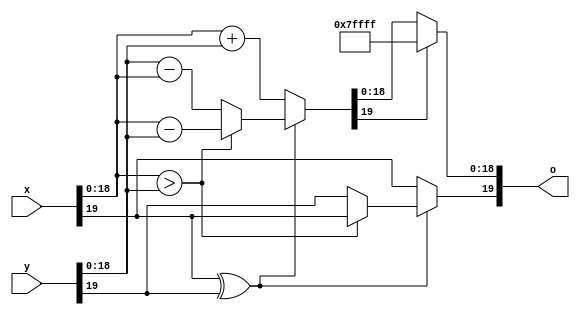
module add#(
    parameter integer SIZE = 20
)
(
    input [SIZE - 1:0] x,
    input [SIZE - 1:0] y,
    output [SIZE - 1:0] o
);

    reg x_s, y_s;
    reg [SIZE - 1:0] x_n, y_n, tmp;

    reg o_s;
    reg [SIZE - 1:0] o_n;

    assign o = {o_s,o_n[SIZE - 2:0]};

    always@(*)begin
        x_s = x[SIZE - 1];
        x_n = {1'b0, x[SIZE - 2:0]};
        y_s = y[SIZE - 1];
        y_n = {1'b0, y[SIZE - 2:0]};

        o_n = (tmp[19])?19'b111_1111_1111_1111_1111:tmp[18:0];

        if(x_s ^ y_s)begin
            if(x_n > y_n)begin
                tmp = x_n - y_n;
                o_s = x_s;
            end else begin
                tmp = y_n - x_n;
                o_s = y_s;
            end
        end else begin
            o_s = x_s;
            tmp = x_n + y_n;
        end 
    end
endmodule